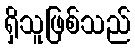
ရှိသူဖြစ်သည်